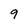
Character: 9